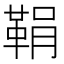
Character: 鞙